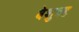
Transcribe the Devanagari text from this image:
बेशुबह